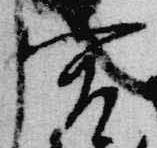
宮